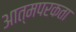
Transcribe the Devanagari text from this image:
आत्मपरकता